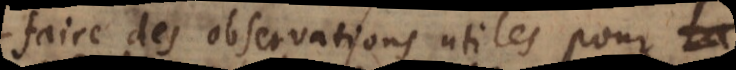
faire des observations utiles pour